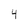
Character: 4